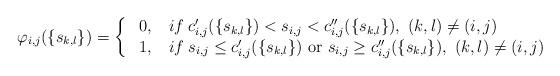
LaTeX: \begin{align*}\varphi_{i, j}(\{s_{k, l}\})=\left\{\begin{array}{rl} \ 0, &\mbox{}\: if \: c_{i,j}'(\{s_{k,l}\})<s_{i,j}<c_{i,j}'' (\{s_{k,l}\}),\ (k,l)\neq (i,j)\\ \ 1, &\mbox{}\: if \: s_{i,j}\leq c_{i,j}'(\{s_{k,l}\})\mbox{ or } s_{i,j}\geq c_{i,j}''(\{s_{k,l}\}),\ (k,l)\neq (i,j) \end{array}\right.\end{align*}